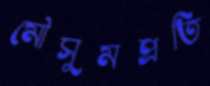
মৌসুমপ্রতি